Tezpur Lunatic Asylum reports 1895-1904 - 1895-1904
Year: 1895
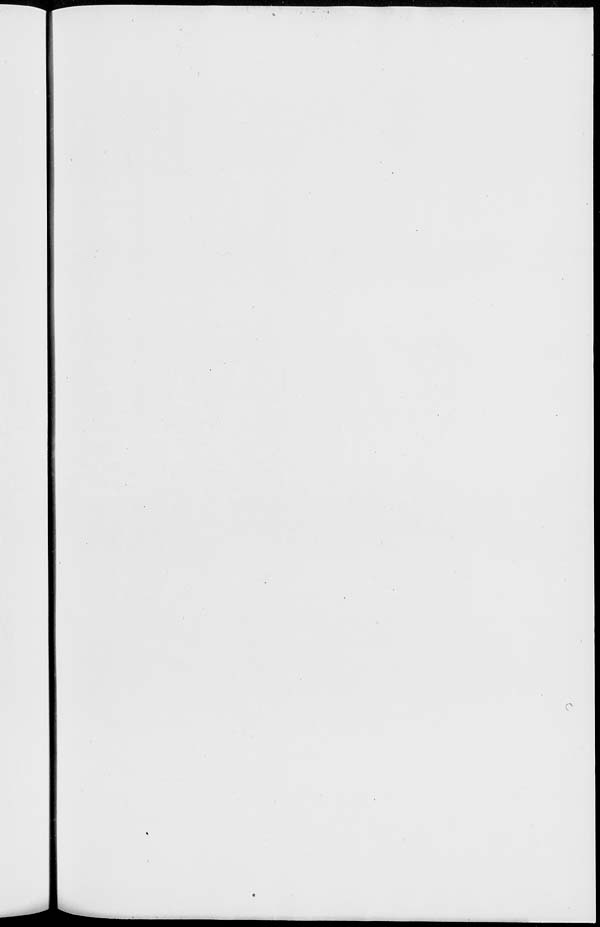
0